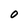
Character: 0